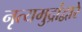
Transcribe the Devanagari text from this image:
नृत्यमुद्रांद्वारे